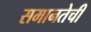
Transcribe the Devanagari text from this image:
समानतेची